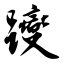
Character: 躞